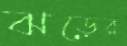
ঝড়ের